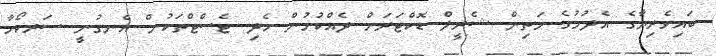
ބައިވެރިޔާގެ އެދުމުގެ މަތިން ޝެރީލް ޑޮކްޓަރަށް ދެއްކުމުން ހެދި ޓެސްޓްތަކުން އެނގުނީ ސަރކޯމާ